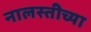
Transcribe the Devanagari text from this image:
नालस्तीच्या